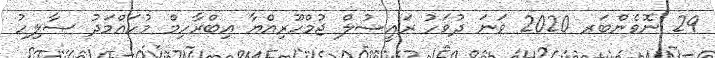
29 ނޮވެންބަރ 2020 ވަނަ ދުވަހު ރައީސުލް ޖުމްހޫރިއްޔާ އިބްރާހިމް މުހައްމަދު ޞާލިހު